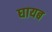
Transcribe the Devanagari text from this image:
घायब